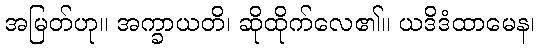
အမြတ်ဟု။ အက္ခာယတိ၊ ဆိုထိုက်လေ၏။ ယဒိဒံထာမေန၊